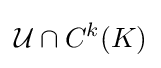
{\cal {U}}\cap C^{k}(K)